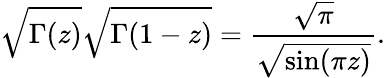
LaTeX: \sqrt{\Gamma(z)}\sqrt{\Gamma(1-z)}={\frac{\sqrt\pi}{\sqrt{\sin(\pi z)}}}.